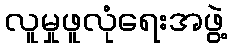
လူမှုဖူလုံရေးအဖွဲ့